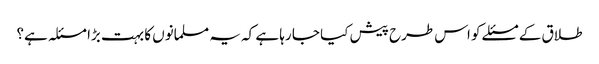
طلاق کے مسئلے کو اس طرح پیش کیا جا رہا ہے کہ یہ مسلمانوں کا بہت بڑا مسئلہ ہے؟